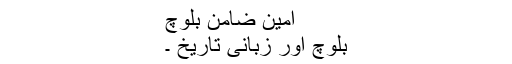
امین ضامن بلوچ
بلوچ اور زبانی تاریخ ۔